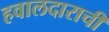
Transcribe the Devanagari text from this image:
हवालदाराची